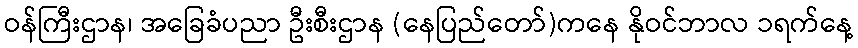
ဝန်ကြီးဌာန၊ အခြေခံပညာ ဦးစီးဌာန (နေပြည်တော်)ကနေ နိုဝင်ဘာလ ၁ရက်နေ့